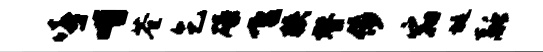
嘻喈苍乞碌飞狭替侈宿埏融